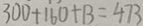
3 0 0 + 1 6 0 + 1 3 = 4 7 3